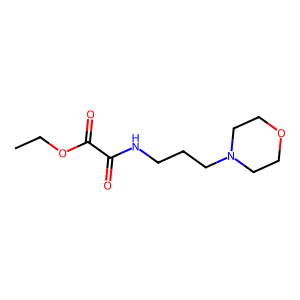
SMILES: CCOC(=O)C(=O)NCCCN1CCOCC1
Inhibits HIV replication: No